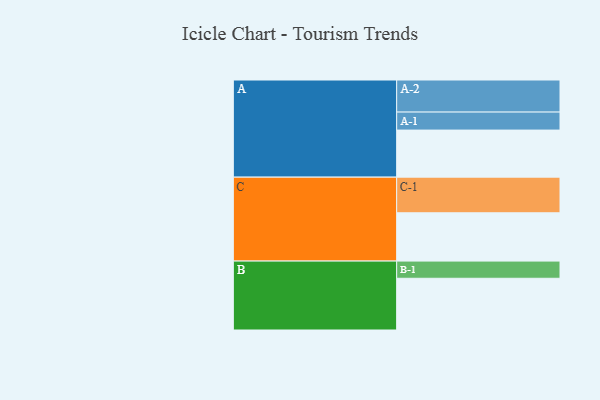
{"axis": {"x": "Segment", "y": "Value"}, "legend": ["", "A", "B", "C"], "data": [{"x": "A", "y": 345, "type": ""}, {"x": "B", "y": 379, "type": ""}, {"x": "C", "y": 354, "type": ""}, {"x": "A-1", "y": 132, "type": "A"}, {"x": "A-2", "y": 235, "type": "A"}, {"x": "B-1", "y": 126, "type": "B"}, {"x": "C-1", "y": 261, "type": "C"}]}